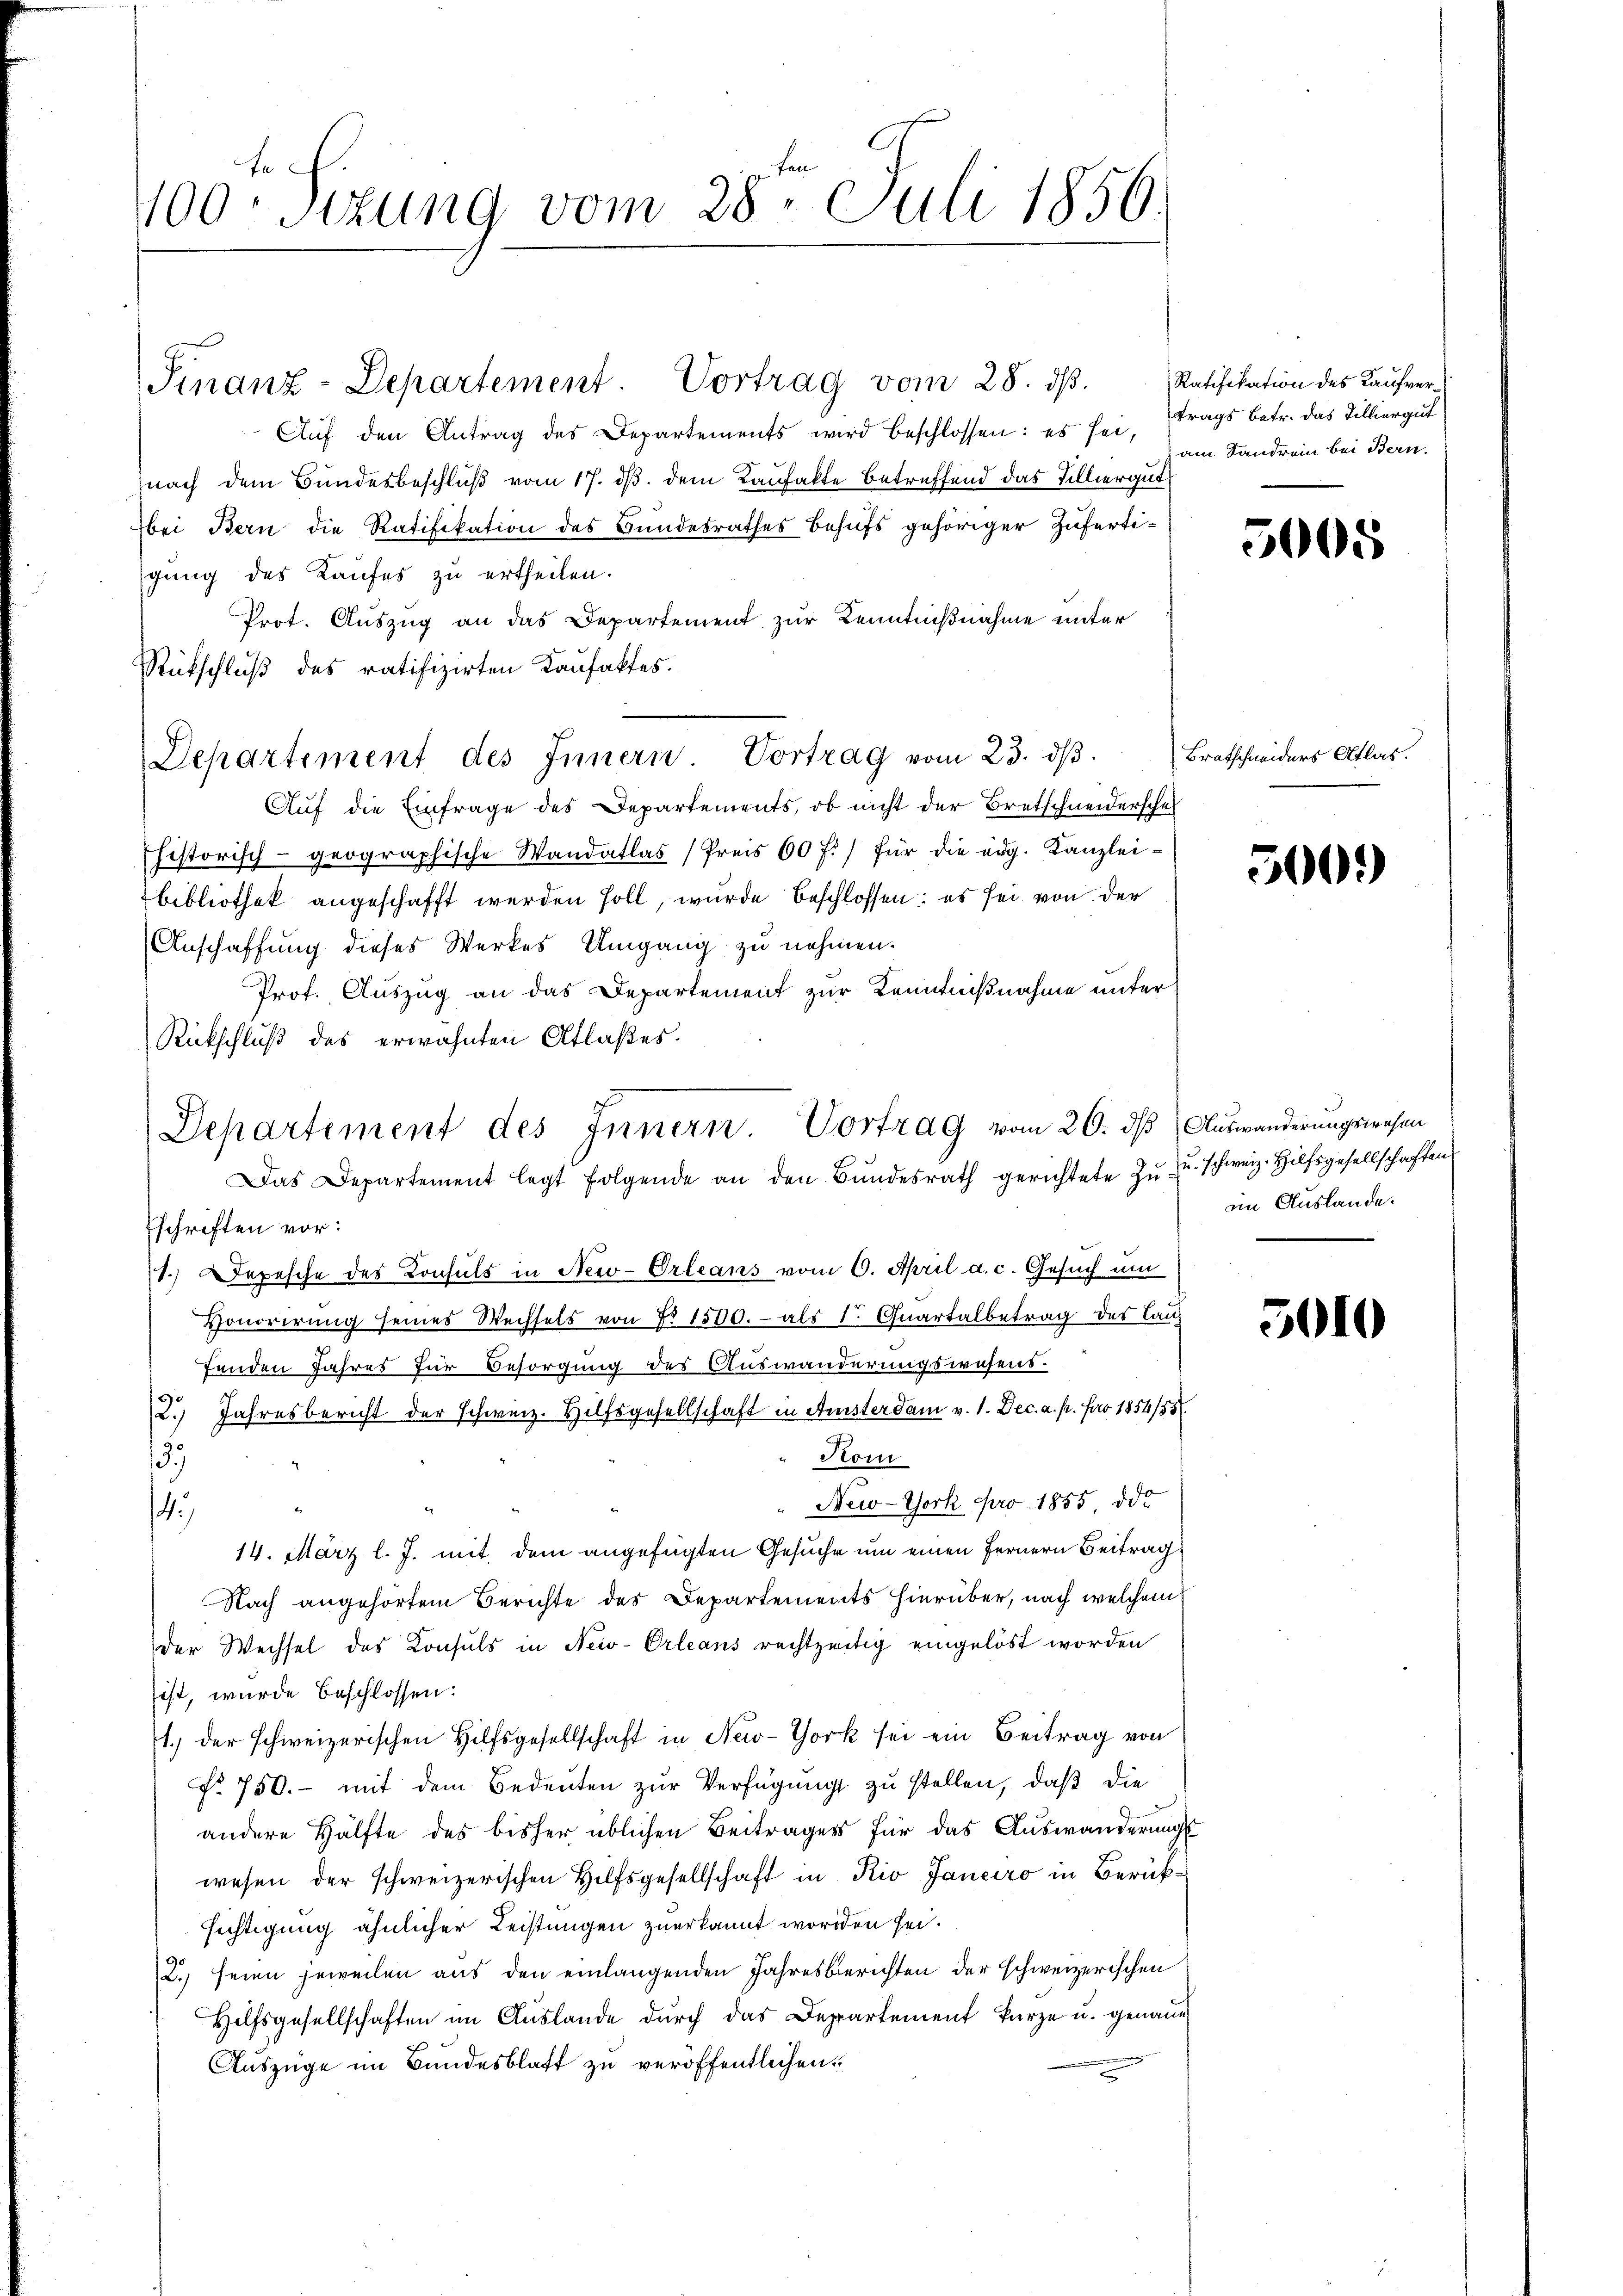
400. Sitzung vom 28ten Juli 1856.

Finanz-Departement. Vortrag vom 28. ds.

Aŭf den Antrag des Departements wird beschlossen: es sei, trags betr. das Tilliergut
nach dem Bundesbeschluß vom 17. ds. dem Kaufakte betreffend das Felliergut
bei Bern die Ratifikation des Bundesrathes Behufs gehöriger Zufertigung des Kaufes zu ertheilen.
Prot. Auszug an das Departement zur Kenntnißnahme unter
Rückschluß des ratifizirten Kaufaktes.
Departement des Innern Vortrag vom 23. dβ
Auf die Einfrage des Departements, ob nicht der Bretschneiderschaf
historisch-geographische Wandatlas (Preis 60 f.) für die edg. Kanzlei-
bibliothek angeschafft werden soll, wurde beschlossen: es sei von der
Anschaffung dieses Werkes Umgang zu nehmen.
Prof. Auszug an das Departement zur Kenntnißnahme unter
Rückschluß des erwähnten Atlaßes.
Das Departement legt folgende an den Bŭndesrath gerichtete zŭ schweiz. Hilfsgesellschaften
schriften vor:
1.) Depesche des Konsuls in New-Orleans vom 6. April a. c. Gesuch um
Vonorirung seines Wechsels von No 1500.- als 1. Quartalbetrag des Lanz
fenden Jahres für Besorgung des Auswanderungswesens.
2.) Jahresbericht der Schweiz. Hilfsgesellschaft in Ansterdam v. 1. Dec. a. p. pro 1854/55
Kom
15
New-York pro 1855, ode
4
14. März l. J. mit dem angefügten Gesuche um einen Fernern Beitrag
Nach angehörtem Berichte des Departements hierüber, nach welchem
der Wechsel des Konsuls in New-Orleans rechtzeitig eingelöst worden
ist, wurde beschlossen:
1.) der schweizerischen Hilfsgesellschaft in New-York sei ein Beitrag von
No 750.- mit dem Bedeuten zur Verfügung zu stellen, daß die
andere Hälfte des bisher üblichen Beitrages für das Auswanderungs
wesen der schweizerischen Hilfsgesellschaft in Kio Janeiro in Berücksichtigung ähnlicher Leistungen zuerkannt worden sei.
2.) seien jeweilen aus den einlangenden Jahresberichten der schweizerischen
Hilfsgesellschaften im Auslande durch das Departement kurze u. genann
Auszüge im Bundesblatt zu veröffentlichen

Departement des Innern. Vortrag vom 20. ds Auswanderungswesen

Ratifikation des Kaufveram Sandrein bei Bern.

5008

Bratschneiders Atlas.

500.)

im Auslande.

5010